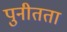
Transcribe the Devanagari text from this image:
पुनीतता